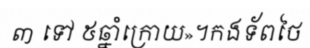
៣ ទៅ ៥ឆ្នាំក្រោយ»។កងទ័ពថៃ